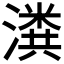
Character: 𬉂